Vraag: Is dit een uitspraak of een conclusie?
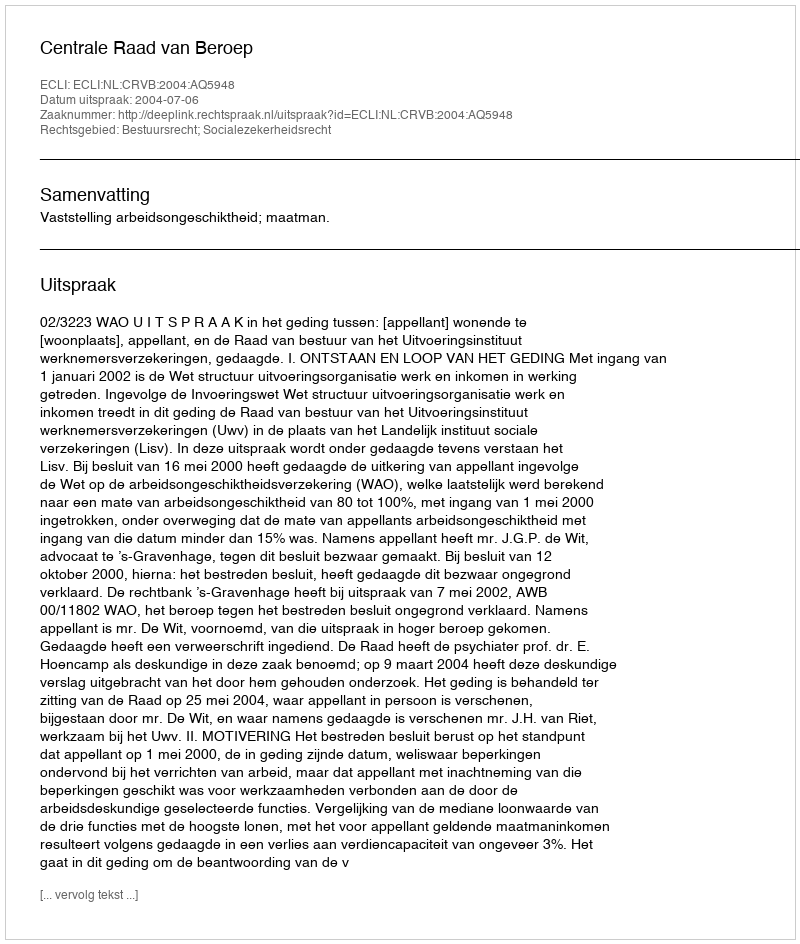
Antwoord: Uitspraak